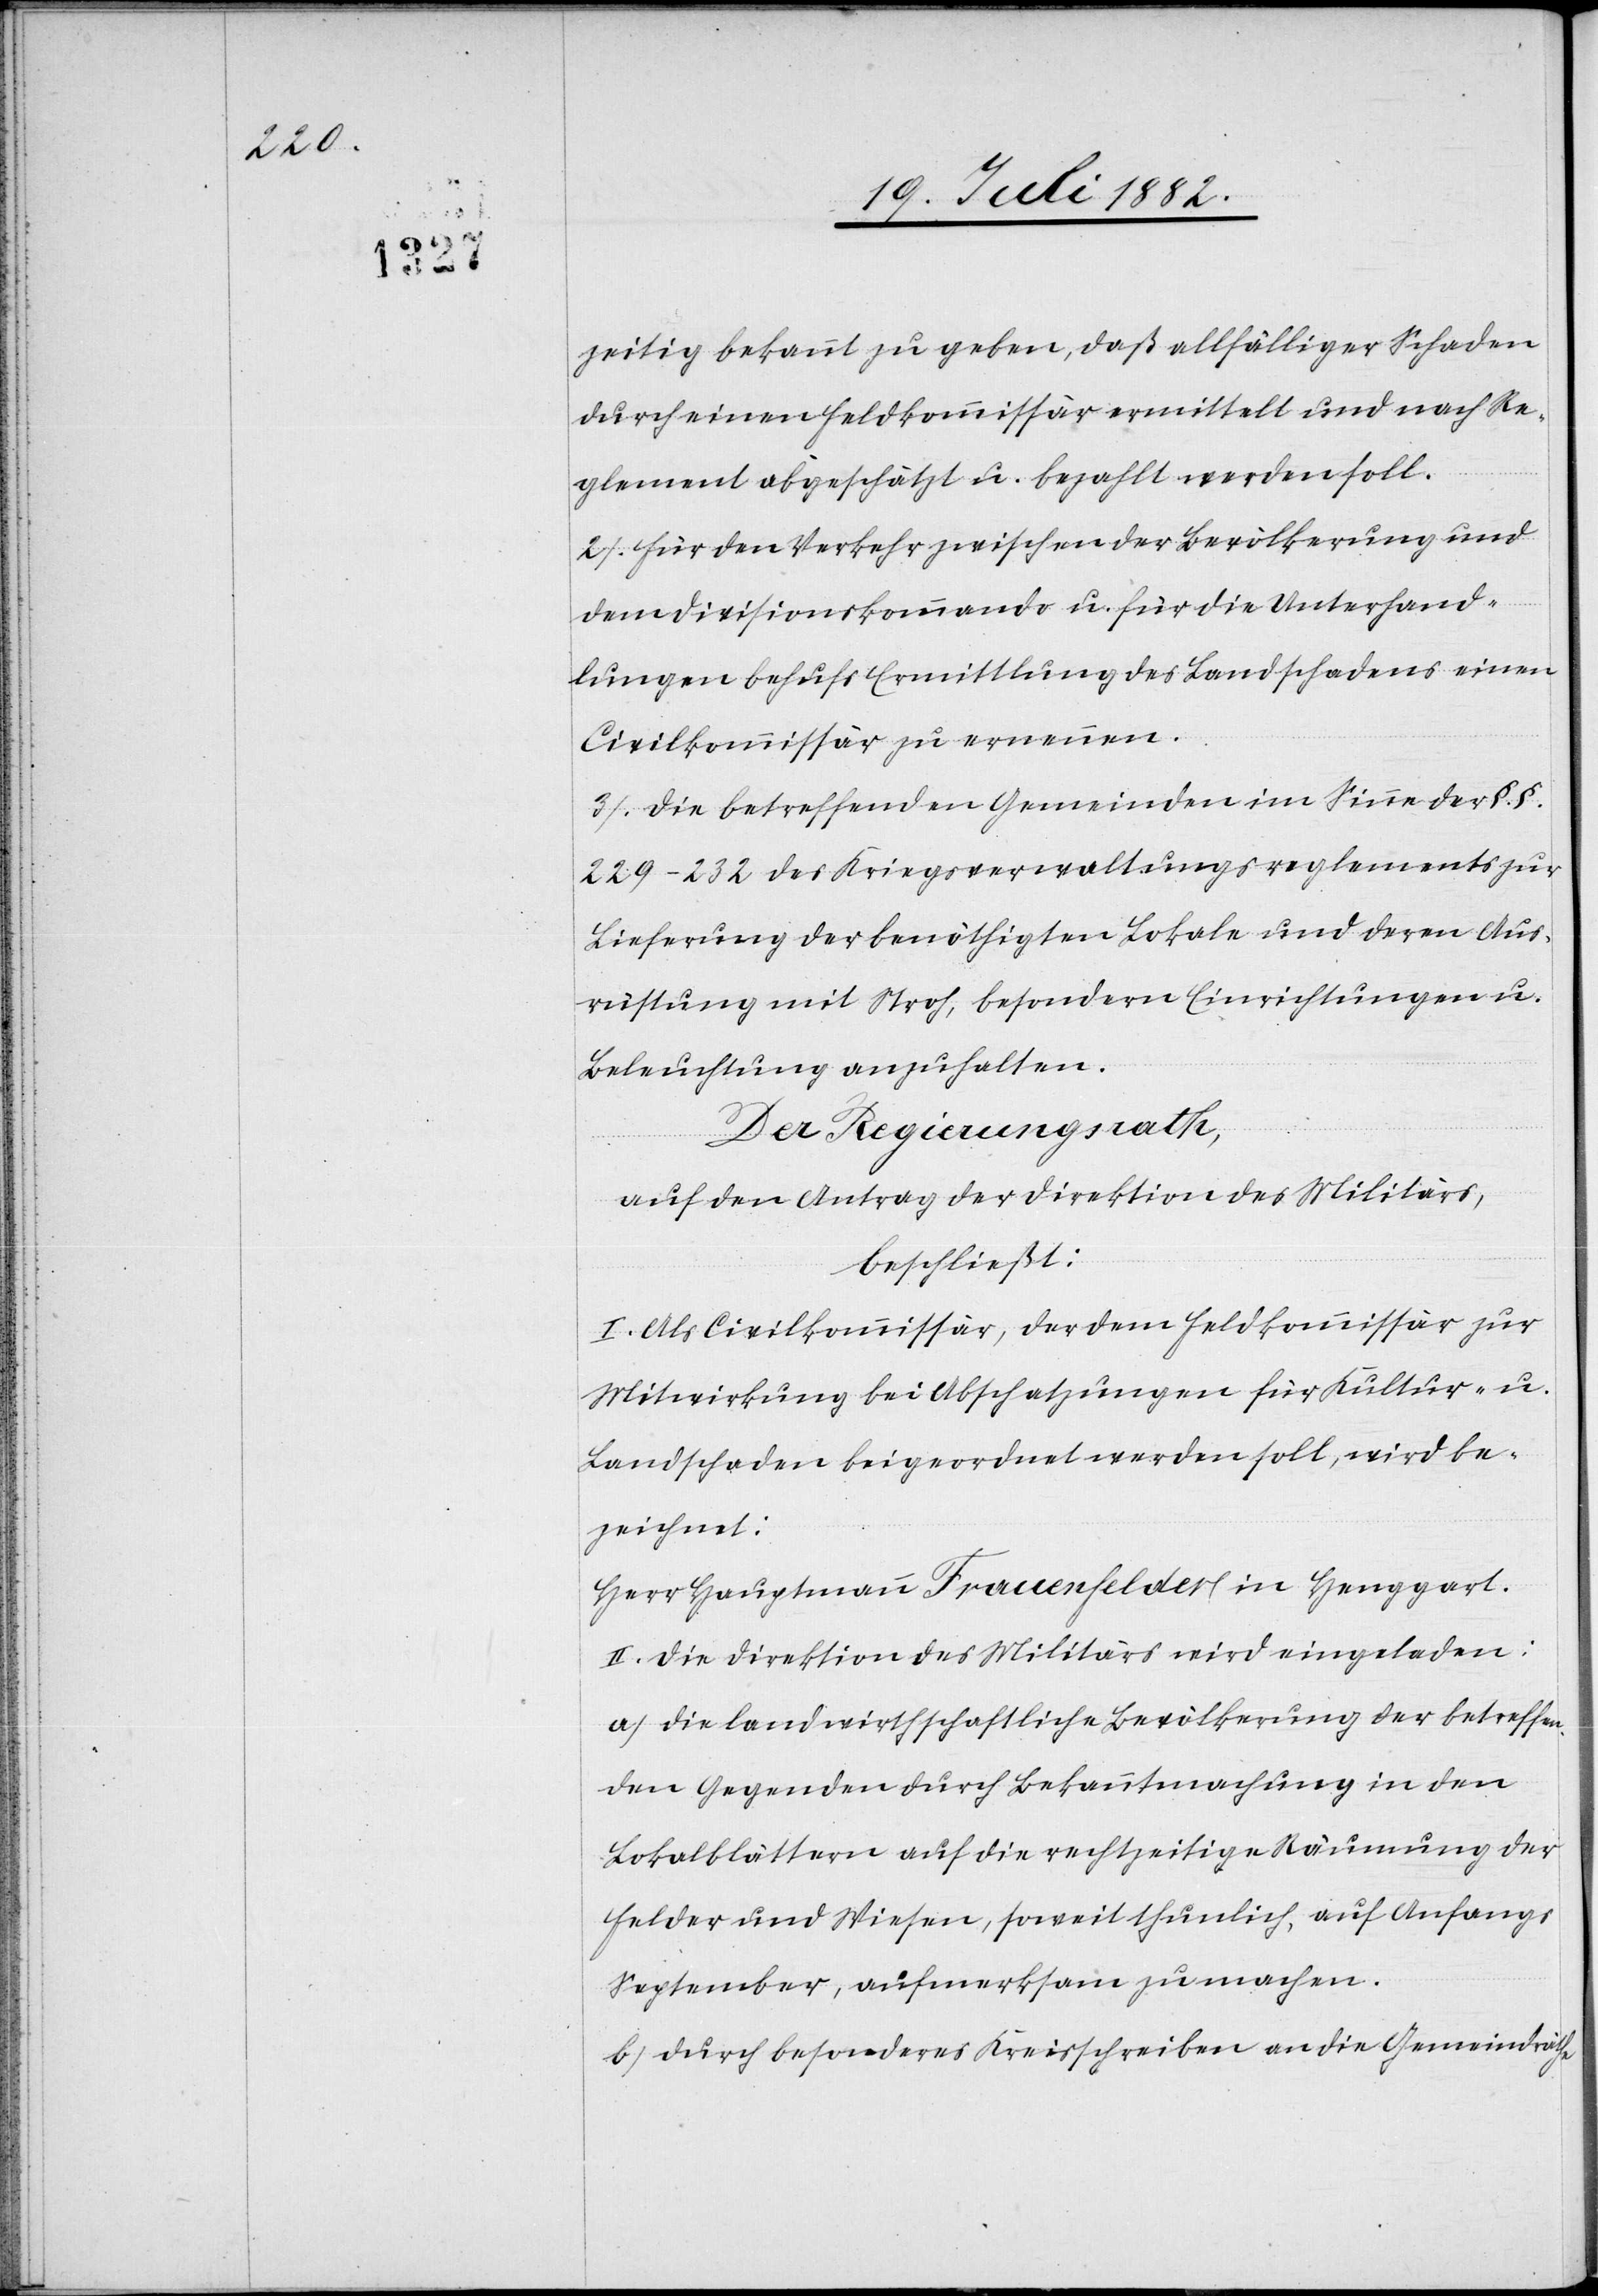
zeitig bekannt zu geben, daß allfälliger Schaden
durch einen Feldkommissär ermittelt und nach Re¬
glement abgeschätzt u. bezahlt werden soll.
2. Für den Verkehr zwischen der Bevölkerung und
dem Divisionskommando u. für die Unterhand¬
lungen behufs Ermittlung des Landschadens einen
Civilkommissär zu ernennen.
3. Die betreffenden Gemeinden im Sinne der §. §.
229–232 des Kriegsverwaltungsreglements zur
Lieferung der benöthigten Lokale und deren Aus¬
rüstung mit Stroh, besondern Einrichtungen u.
Beleuchtung anzuhalten.
Der Regierungsrath,
auf den Antrag der Direktion des Militärs,
beschließt:
I. Als Civilkommissär, der dem Feldkommissär zur
Mitwirkung bei Abschatzungen für Kultur- u.
Landschaden beigeordnet werden soll, wird be¬
zeichnet:
Herr Hauptmann Frauenfelder in Henggart.
II. Die Direktion des Militärs wird eingeladen:
a) die landwirthschaftliche Bevölkerung der betreffen¬
den Gegenden durch Bekanntmachung in den
Lokalblättern auf die rechtzeitige Räumung der
Felder und Wiesen, soweit thunlich auf Anfangs
September, aufmerksam zu machen.
b) durch besonderes Kreisschreiben an die Gemeindräthe